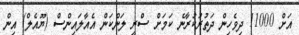
އަށް 11000 ދިވެހިން ދަތުރުކުރާނެ ކަމަށް ސްރީ ލަންކަން އެއާލައިންސް (ޔޫއެލް) އިން